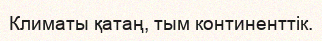
Климаты қатаң, тым континенттік.